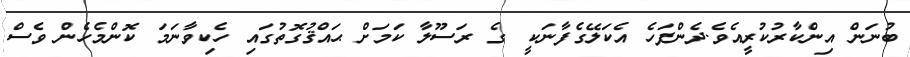
ބުނަން އިންކާރުކުރީއެވެ.ދެންފަހެ އެކަލޭގެފާނަކީ  ގެ ރަސޫލާ ކަމަށް ޙައްޤުގޮތުގައި ހެކިވާނަމަ ކޮންމެހެން ވެސް